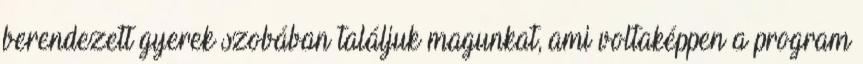
berendezett gyerek szobában találjuk magunkat, ami voltaképpen a program